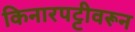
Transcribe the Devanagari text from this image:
किनारपट्टीवरून